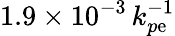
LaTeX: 1.9\times10^{-3}\, k_{p\mathrm{e}}^{-1}